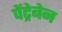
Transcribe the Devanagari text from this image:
पेंट्रेबेन